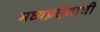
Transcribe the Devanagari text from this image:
मध्‍यप्रदेशाची